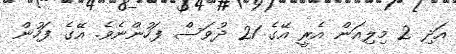
އަދި 2 މިލިއަން އެރީ އޭގެ 21 ދުވަސް ފަހުންނެވެ. އޭގެ ފަހުން